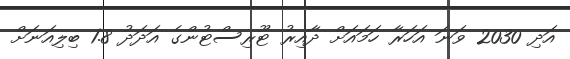
އަދި 2030 ވަނަ އަހަރާ ހަމައަށް ދާއިރު ޓޫރިސްޓުންގެ އަދަދު 1.8 ބިލިއަނަށް